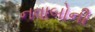
નવાબોની